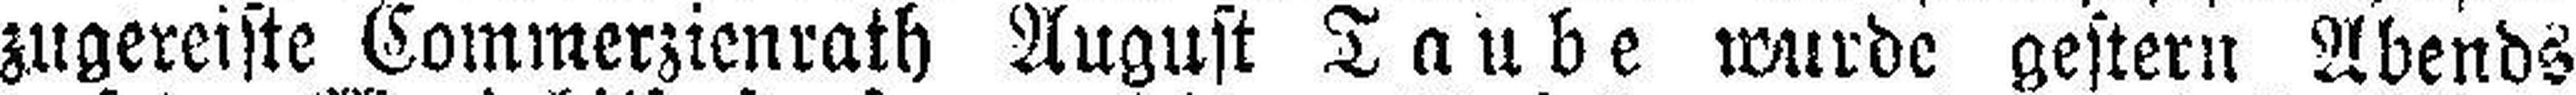
zugereiste Commerzienrath August Taube wurde gestern Abends